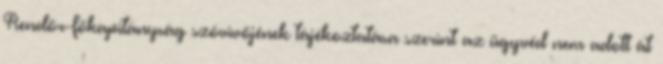
Rendőr-főkapitányság szóvivőjének tájékoztatása szerint az ügyvéd nem adott át